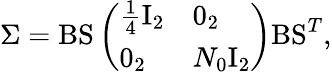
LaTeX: \Sigma=\mathrm{BS}\left(\begin{array}{ll}{\frac{1}{4}\mathrm{I}_{2}}&{0_{2}}\\ {0_{2}}&{N_{0}\mathrm{I}_{2}}\end{array}\right)\mathrm{BS}^{T},